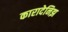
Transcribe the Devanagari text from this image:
कारादेनिझ